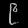
Digit: ၉